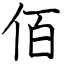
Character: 佰